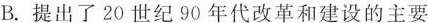
B.提出了20世纪90年代改革和建设的主要